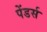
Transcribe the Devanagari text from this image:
पेंडर्स